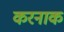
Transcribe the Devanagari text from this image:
करनाक